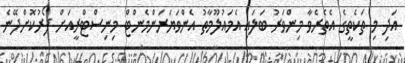
އަދި މި ތަކެތީގެ އެތެރެވާ މިންވަރު ބަލައި އެމައުލޫމާތު އެންވަޔަރަންމެންޓް މިނިސްޓްރީއަށް ފޯރުކޮށްދޭނެ